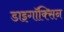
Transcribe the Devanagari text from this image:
डाइगॉक्सिन